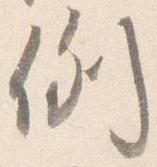
例